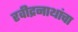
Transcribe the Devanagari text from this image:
रवीद्रनाथांचा